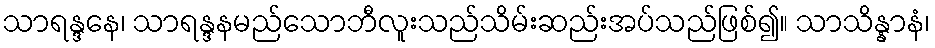
သာရန္ဒနေ၊ သာရန္ဒနမည်သောဘီလူးသည်သိမ်းဆည်းအပ်သည်ဖြစ်၍။ သာသိန္နာနံ၊